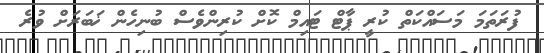
ފުރަތަމަ މަސައްކަތް ކުރީ ޕާޓް ޓައިމް ކޮށް ކުރިންވެސް ބުނިހެން ޚަބަރަށް ވުރެ